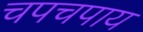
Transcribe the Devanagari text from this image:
चपचपाय